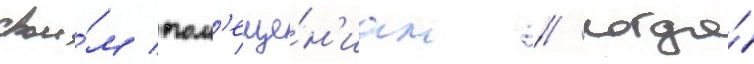
свои́м пом'еще́н'иам // Когда́